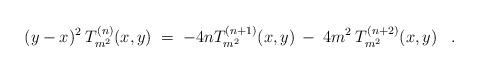
LaTeX: \begin{align*}(y-x)^2 \:T_{m^2}^{(n)}(x,y) \;=\; -4n T_{m^2}^{(n+1)}(x,y) \:-\: 4 m^2 \: T_{m^2}^{(n+2)}(x,y) \;\;\; .\end{align*}